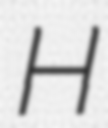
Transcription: H